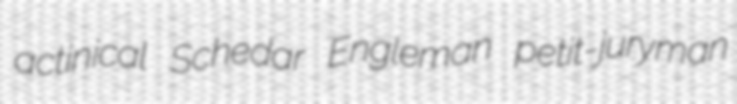
actinical Schedar Engleman petit-juryman